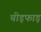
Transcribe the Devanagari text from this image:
चीड़फाड़